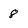
Character: 8